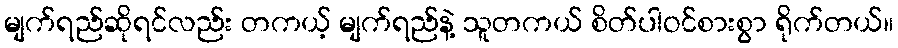
မျက်ရည်ဆိုရင်လည်း တကယ့် မျက်ရည်နဲ့ သူတကယ် စိတ်ပါဝင်စားစွာ ရိုက်တယ်။